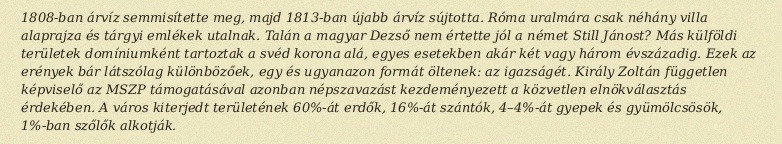
1808-ban árvíz semmisítette meg, majd 1813-ban újabb árvíz sújtotta. Róma uralmára csak néhány villa alaprajza és tárgyi emlékek utalnak. Talán a magyar Dezső nem értette jól a német Still Jánost? Más külföldi területek domíniumként tartoztak a svéd korona alá, egyes esetekben akár két vagy három évszázadig. Ezek az erények bár látszólag különbözőek, egy és ugyanazon formát öltenek: az igazságét. Király Zoltán független képviselő az MSZP támogatásával azonban népszavazást kezdeményezett a közvetlen elnökválasztás érdekében. A város kiterjedt területének 60%-át erdők, 16%-át szántók, 4–4%-át gyepek és gyümölcsösök, 1%-ban szőlők alkotják.